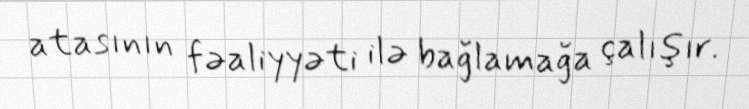
atasının fəaliyyəti ilə bağlamağa çalışır.